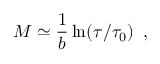
M \simeq \frac { 1 } { b } \ln ( \tau / \tau _ { 0 } ) \, \, \, ,